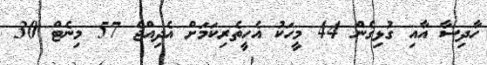
ހާދިސާ އާއި ގުޅިގެން 44 މީހަކު އެހީތެރިކަމަށް އެދިއްޖެ 57 މިނެޓް 30